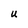
Character: U